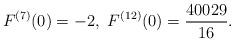
LaTeX: \begin{align*}F^{(7)}(0)=-2,\ F^{(12)}(0)=\frac{40029}{16}.\end{align*}